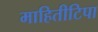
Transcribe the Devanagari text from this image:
माहितीटिपा